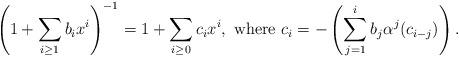
\begin{align*}\left(1 + \sum_{i \geq 1} b_i x^i\right)^{-1} = 1 + \sum_{i \geq 0} c_i x^i, \textrm{ where } c_i = -\left(\sum_{j=1}^i b_j \alpha^{j}(c_{i-j})\right).\end{align*}